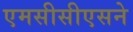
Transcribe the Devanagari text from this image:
एमसीसीएसने